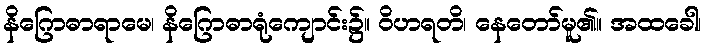
နိဂြောဓာရာမေ၊ နိဂြောဓာရုံကျောင်း၌။ ဝိဟရတိ၊ နေတော်မူ၏။ အထခေါ၊